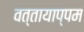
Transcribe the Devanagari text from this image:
वत्तायाप्पम